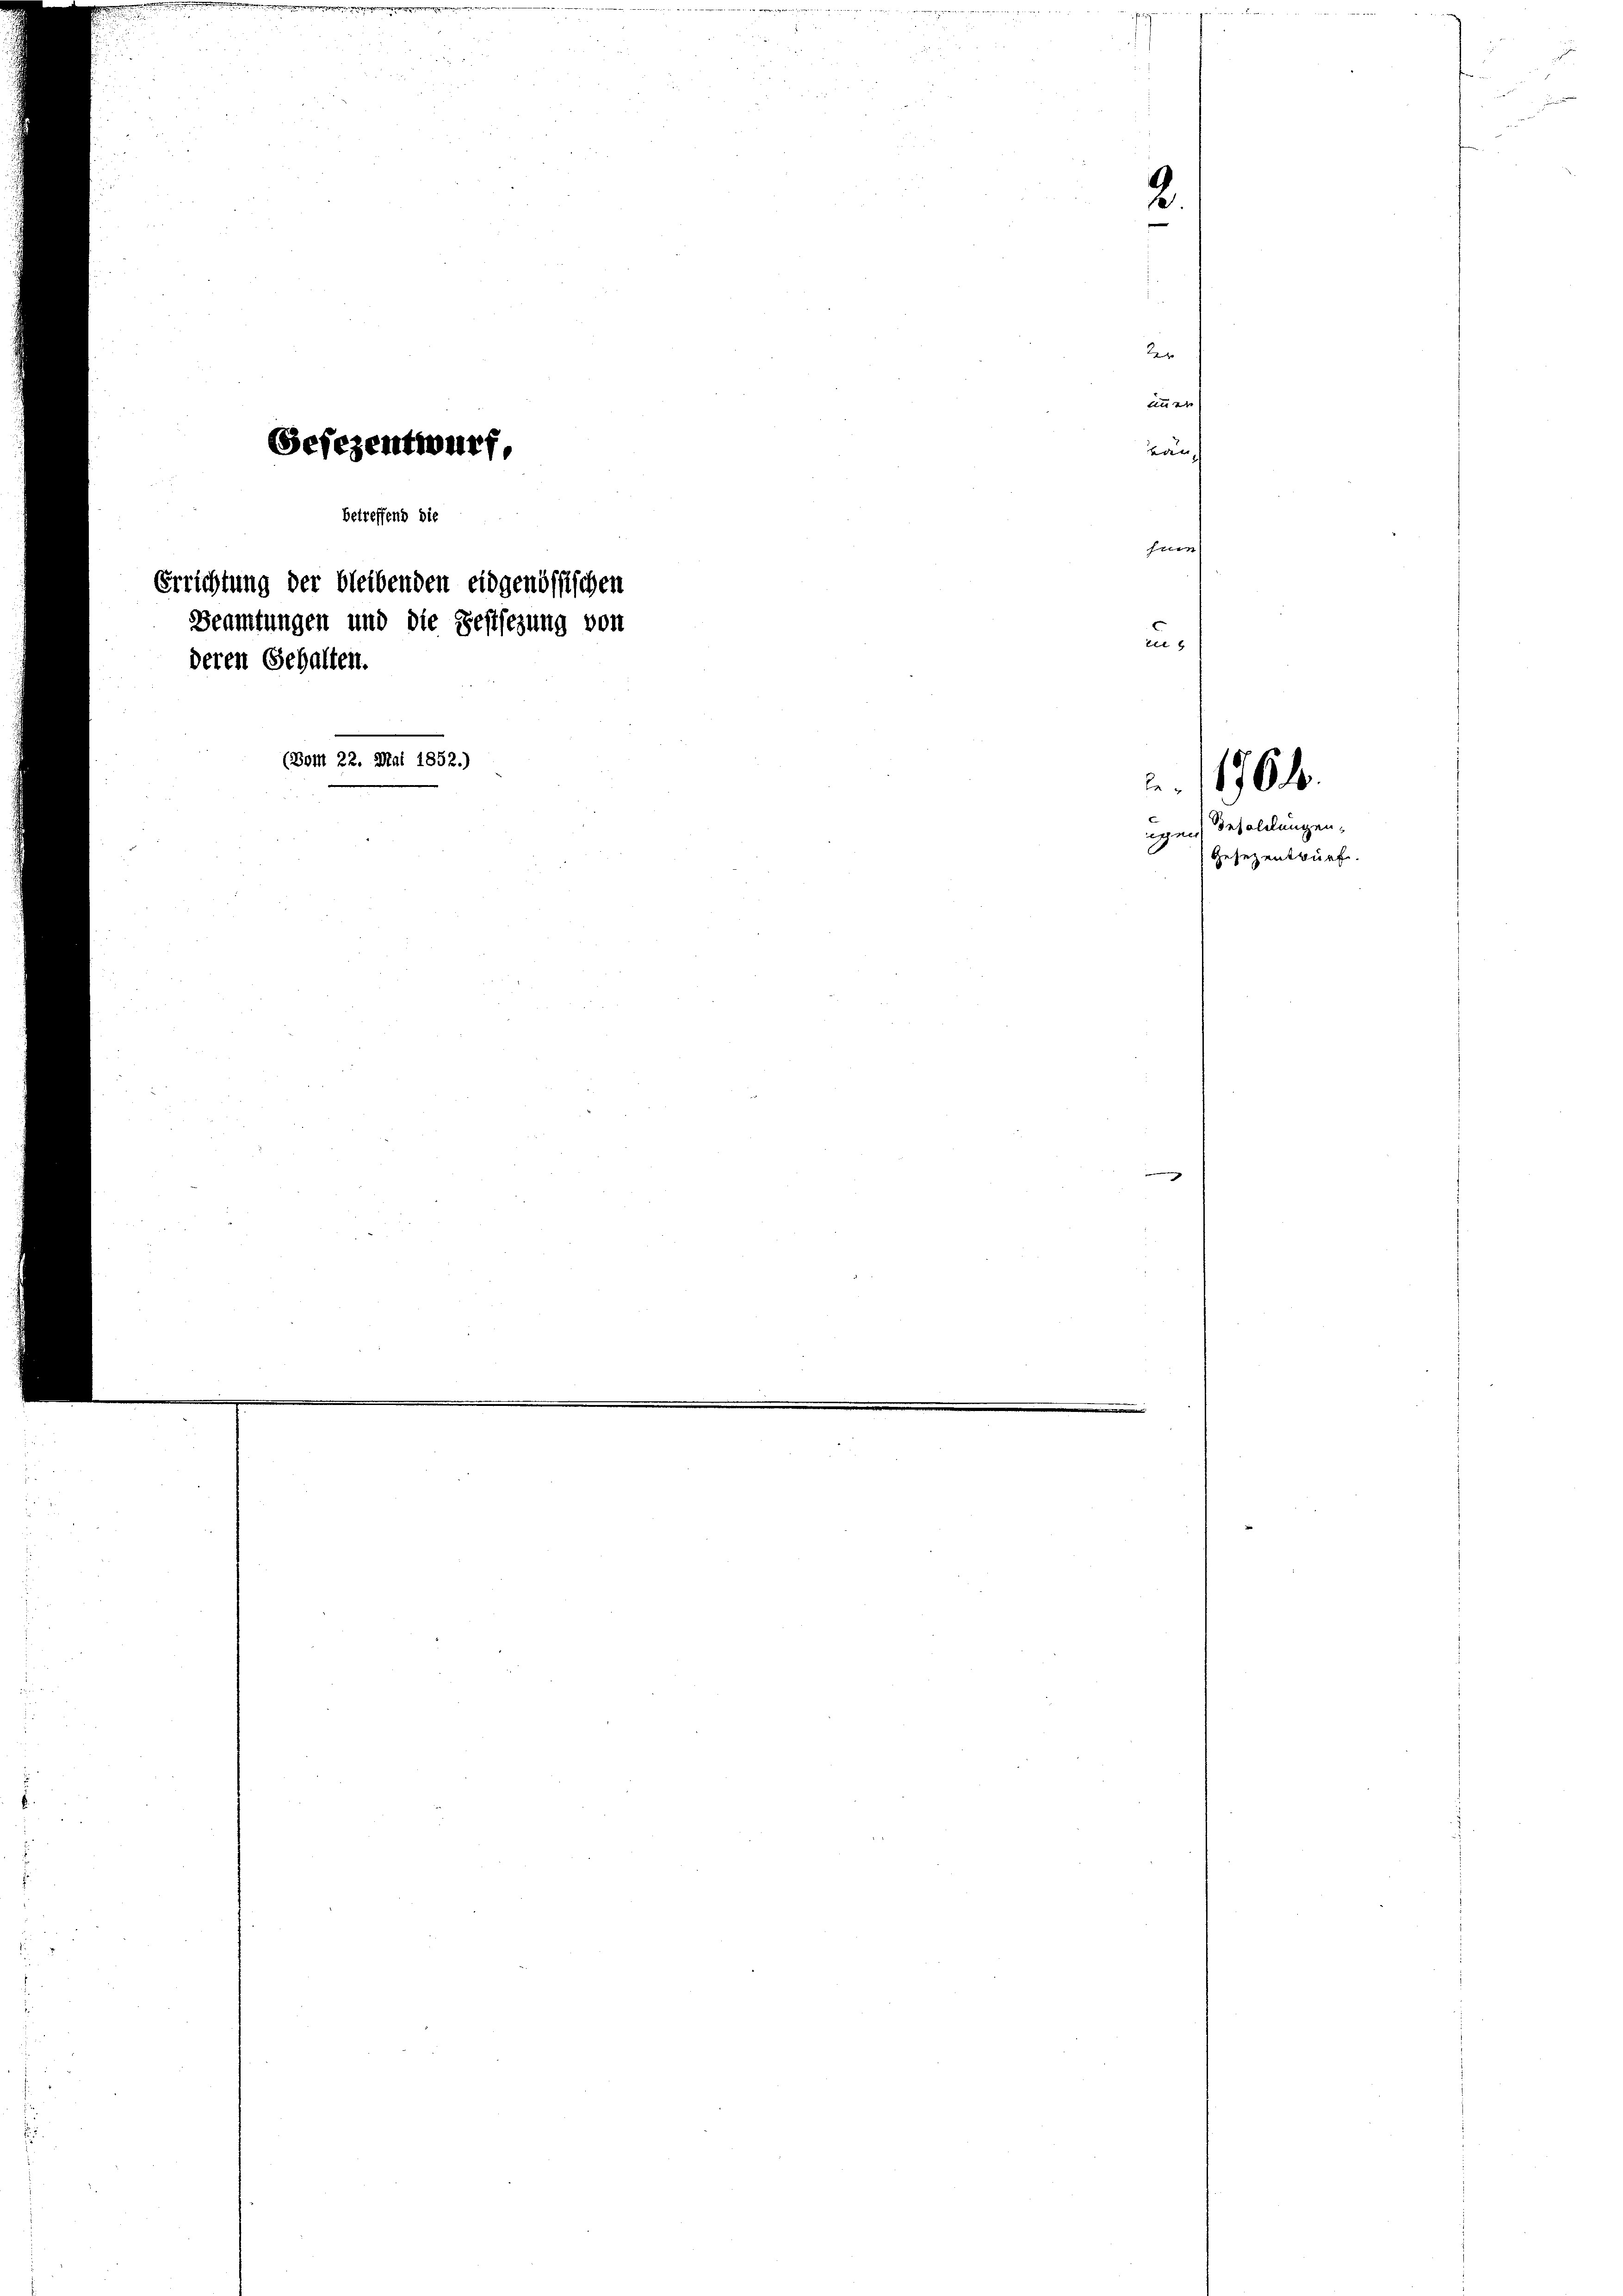
Gefezentwurf,
betreffend die
Errichtung der bleibenden eidgenössischen
Beamtungen und die Gestsezung von
deren Gehalten.
(Bom 22. Mai 1852.)

2

der
iinen
eder |
firn
el

. 1761.

igen Besoldungen,
Gesezentwurf.